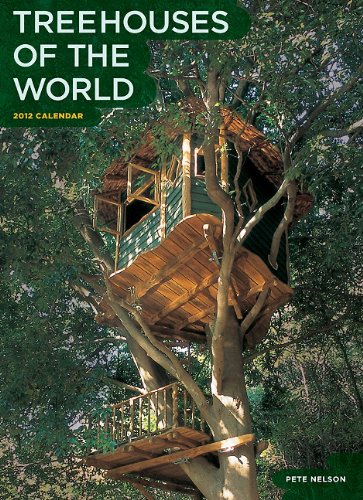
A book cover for Treehouses of the World 2012 Wall Calendar; Pete Nelson; Calendars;